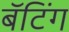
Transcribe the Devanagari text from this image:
बॅटिंग